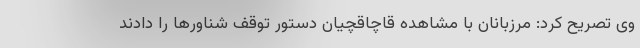
وی تصریح کرد: مرزبانان با مشاهده قاچاقچیان دستور توقف شناورها را دادند